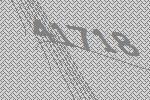
41718